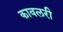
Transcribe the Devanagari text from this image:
कावलरी